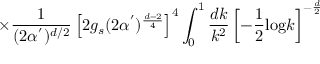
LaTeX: \times \frac { 1 } { ( 2 \alpha ^ { ' } ) ^ { d / 2 } } \left[ 2 g _ { s } ( 2 \alpha ^ { ' } ) ^ { \frac { d - 2 } { 4 } } \right] ^ { 4 } \int _ { 0 } ^ { 1 } \frac { d k } { k ^ { 2 } } \left[ - \frac { 1 } { 2 } \mathrm { l o g } k \right] ^ { - \frac { d } { 2 } }